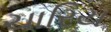
ચારિય